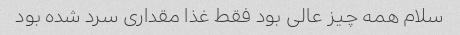
سلام همه چیز عالی بود فقط غذا مقداری سرد شده بود